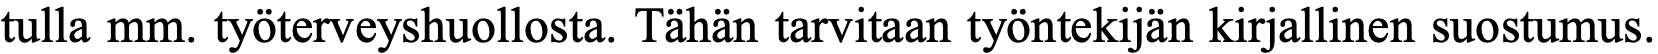
tulla mm. työterveyshuollosta. Tähän tarvitaan työntekijän kirjallinen suostumus.